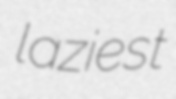
laziest